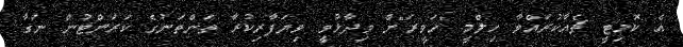
އެ ކޮމިޓީ ޗެއާކުރައްވާ ހިލްމީ "ހަވީރަ"ށް ވިދާޅުވީ ވިޔަފާރިކުރާ ތަންތަނުގެ ކަރަންޓުން ނަގާ